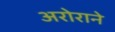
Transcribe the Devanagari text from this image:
अरोराने